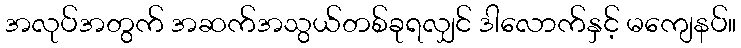
အလုပ်အတွက် အဆက်အသွယ်တစ်ခုရလျှင် ဒါလောက်နှင့် မကျေနပ်။